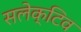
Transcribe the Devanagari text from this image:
सलेक्टिव